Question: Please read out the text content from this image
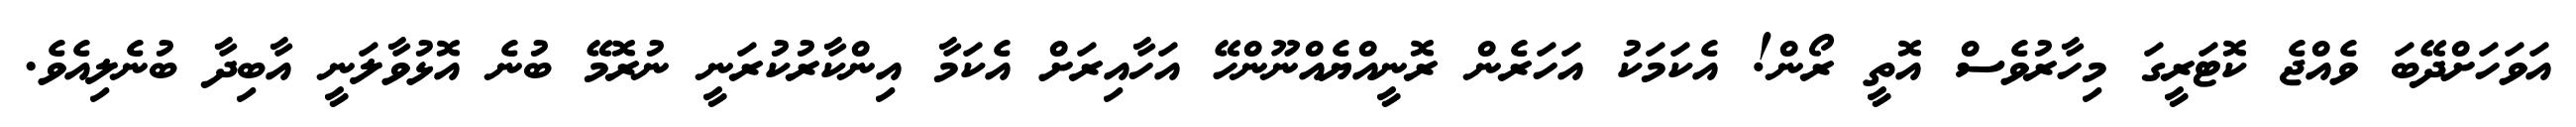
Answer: އަވަހަށްދޭބަ ވެއްޖެ ކޮޓަރީގަ މިހާރުވެސް އޮތީ ރޯން! އެކަމަކު އަހަރެން ރޮނީއްޔެއްނޫންހޭ އަހާއިރަށް އެކަމާ އިންކާރުކުރަނީ ނުރޮމޭ ބުނެ އޮޅުވާލަނީ އާބިދާ ބުނެލިއެވެ.